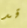
قد